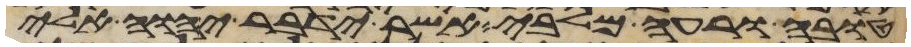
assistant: טובה או רעה מלבי אשר ידבר יהוה אלי